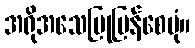
အရိုအသေပြုပြန်စေပုံ။